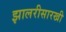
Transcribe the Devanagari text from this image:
झालरीसारखी